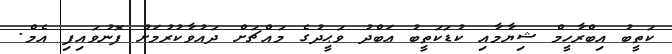
ކަތީބު އިބްރާހީމް ޝިޔާމާއި ކުޑަކަތީބު ޢަބްދު ވަޙީދުގެ މައްޗަށް ދައުވާކުރުމަށް ފޮނުވައިފި އެމް.